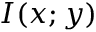
I ( x ; y )